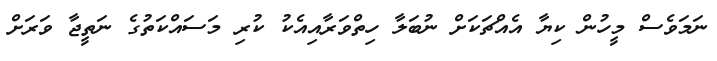
ނަމަވެސް މީހުން ކިޔާ އެއްޗަކަށް ނުބަލާ ހިތްވަރާއިއެކު ކުރި މަސައްކަތުގެ ނަތީޖާ ވަރަށް